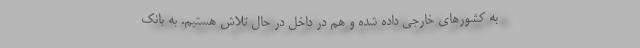
به کشورهای خارجی داده شده و هم در داخل در حال تلاش هستیم. به بانک